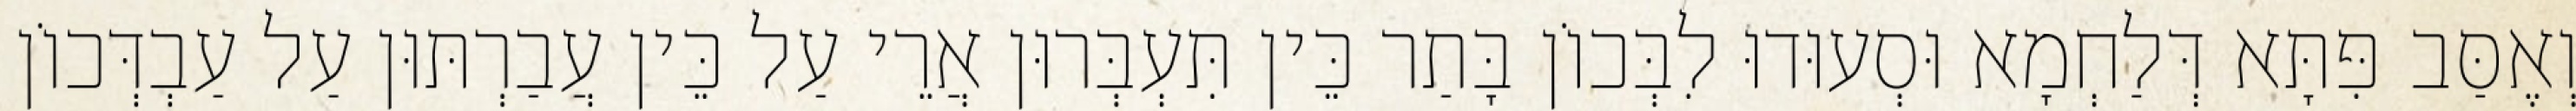
וְאֶסַּב פִּתָּא דְּלַחְמָא וּסְעוּדוּ לִבְּכוֹן בָּתַר כֵּין תִּעְבְּרוּן אֲרֵי עַל כֵּין עֲבַרְתּוּן עַל עַבְדְּכוֹן